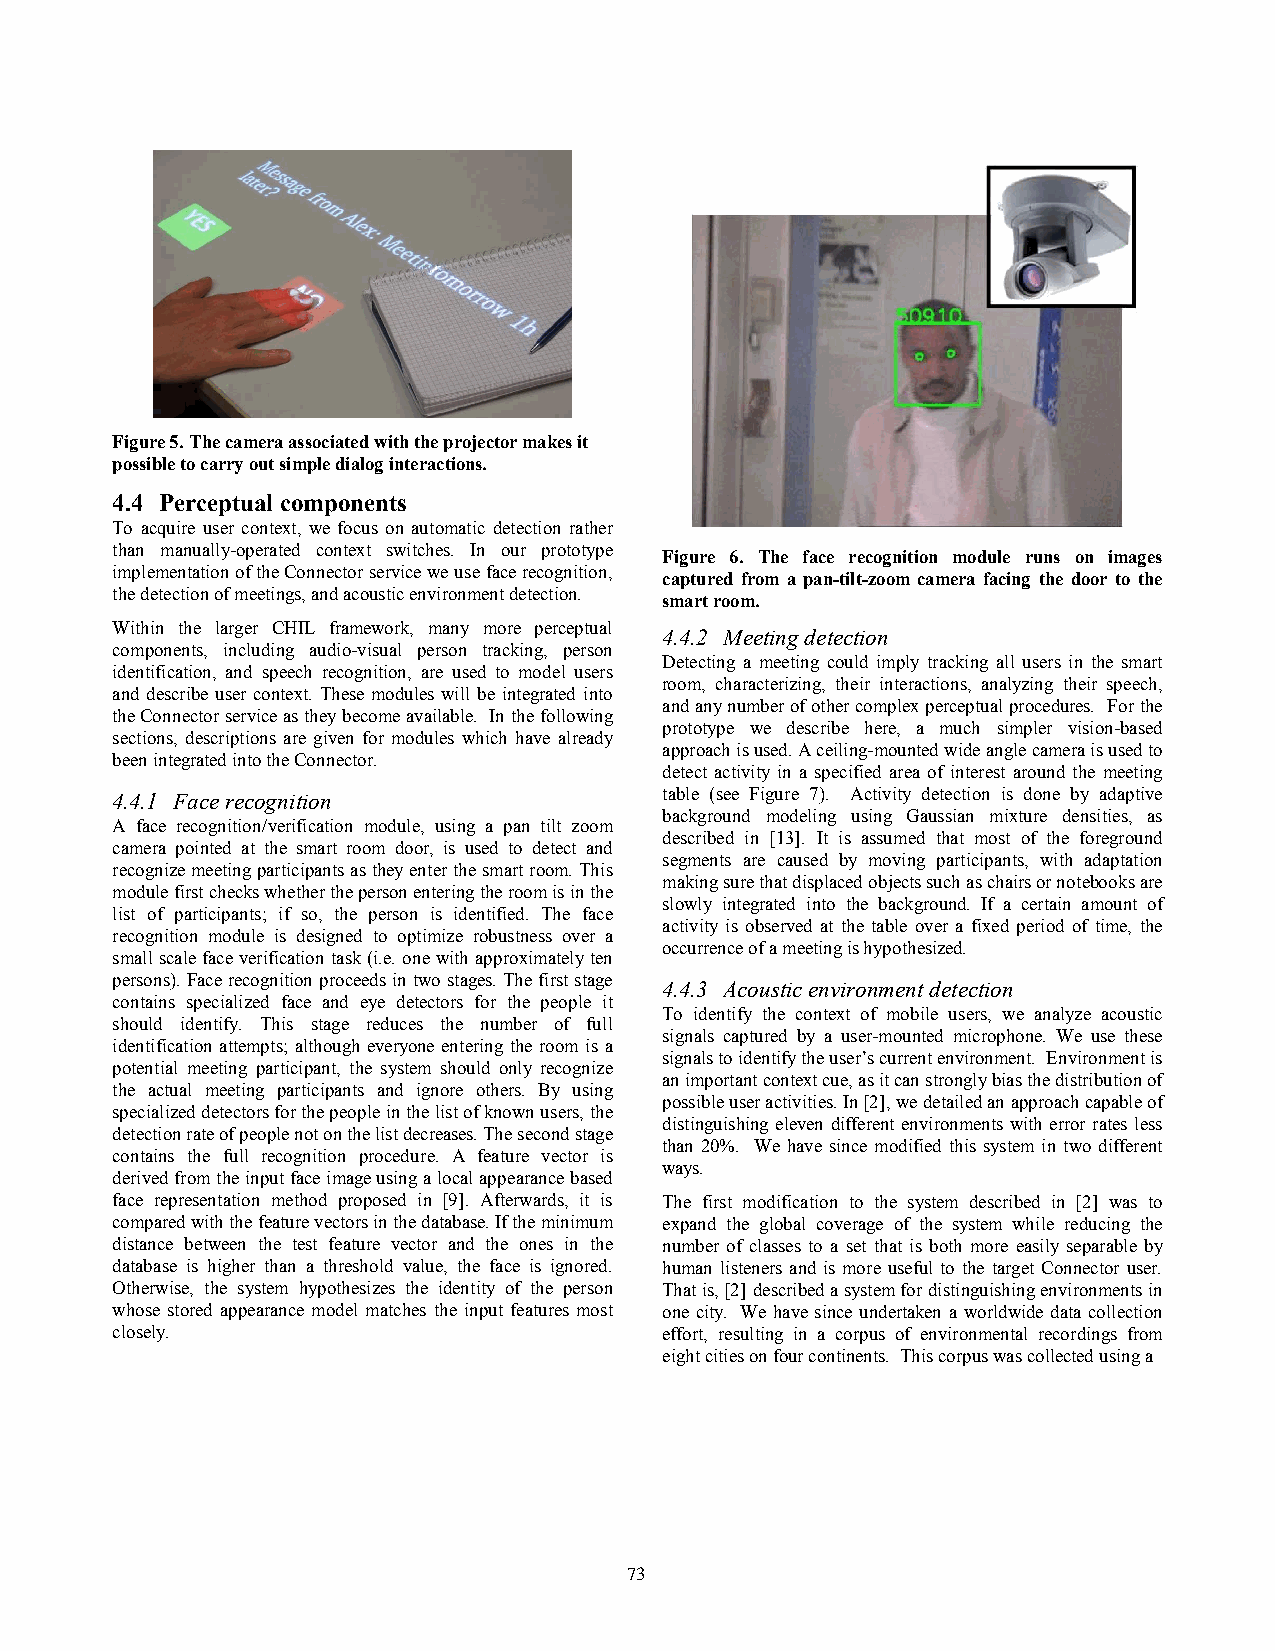
Figure 5. The camera associated with the projector makes it
 possible to carry out simple dialog interactions.
 4.4 Perceptual components
 To acquire user context, we focus on automatic detection rather
 than manually-operated context switches. In our prototype
 Figure 6. The face recognition module runs on images
 implementation of the Connector service we use face recognition,
 captured from a pan-tilt-zoom camera facing the door to the
 the detection of meetings, and acoustic environment detection.
 smart room.
 Within the larger CHIL framework, many more perceptual
 4.4.2 Meeting detection
 components, including audio-visual person tracking, person
 Detecting a meeting could imply tracking all users in the smart
 identification, and speech recognition, are used to model users
 room, characterizing, their interactions, analyzing their speech,
 and describe user context. These modules will be integrated into
 and any number of other complex perceptual procedures. For the
 the Connector service as they become available. In the following
 prototype we describe here, a much simpler vision-based
 sections, descriptions are given for modules which have already
 approach is used. A ceiling-mounted wide angle camera is used to
 been integrated into the Connector.
 detect activity in a specified area of interest around the meeting
 4.4.1 Face recognition               table (see Figure 7). Activity detection is done by adaptive
 background modeling using Gaussian mixture densities, as
 A face recognition/verification module, using a pan tilt zoom
 described in [13]. It is assumed that most of the foreground
 camera pointed at the smart room door, is used to detect and
 segments are caused by moving participants, with adaptation
 recognize meeting participants as they enter the smart room. This
 making sure that displaced objects such as chairs or notebooks are
 module first checks whether the person entering the room is in the
 slowly integrated into the background. If a certain amount of
 list of participants; if so, the person is identified. The face
 activity is observed at the table over a fixed period of time, the
 recognition module is designed to optimize robustness over a
 occurrence of a meeting is hypothesized.
 small scale face verification task (i.e. one with approximately ten
 persons). Face recognition proceeds in two stages. The first stage
 4.4.3 Acoustic environment detection
 contains specialized face and eye detectors for the people it
 To identify the context of mobile users, we analyze acoustic
 should identify. This stage reduces the number of full
 signals captured by a user-mounted microphone. We use these
 identification attempts; although everyone entering the room is a
 signals to identify the user’s current environment. Environment is
 potential meeting participant, the system should only recognize
 an important context cue, as it can strongly bias the distribution of
 the actual meeting participants and ignore others. By using
 possible user activities. In [2], we detailed an approach capable of
 specialized detectors for the people in the list of known users, the
 distinguishing eleven different environments with error rates less
 detection rate of people not on the list decreases. The second stage
 than 20%. We have since modified this system in two different
 contains the full recognition procedure. A feature vector is
 ways.
 derived from the input face image using a local appearance based
 face representation method proposed in [9]. Afterwards, it is The first modification to the system described in [2] was to
 compared with the feature vectors in the database. If the minimum expand the global coverage of the system while reducing the
 distance between the test feature vector and the ones in the number of classes to a set that is both more easily separable by
 database is higher than a threshold value, the face is ignored. human listeners and is more useful to the target Connector user.
 Otherwise, the system hypothesizes the identity of the person That is, [2] described a system for distinguishing environments in
 whose stored appearance model matches the input features most one city. We have since undertaken a worldwide data collection
 closely.                             effort, resulting in a corpus of environmental recordings from
 eight cities on four continents. This corpus was collected using a